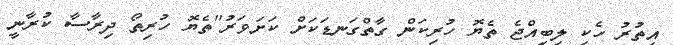
އިތުރު ހެކި ލިބިއްޖެ ތެޔޮ ހުރިކަން ގާތްގަނޑަކަށް ކަށަވަރު"ތެޔޮ ހުރިތޯ ދިރާސާ ކުރާނީ